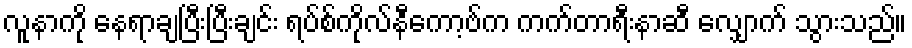
လူနာကို နေရာချပြီးပြီးချင်း ရပ်စ်ကိုလ်နီကော့ဗ်က ကက်တာရီးနာဆီ လျှောက် သွားသည်။